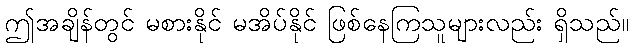
ဤအချိန်တွင် မစားနိုင် မအိပ်နိုင် ဖြစ်နေကြသူများလည်း ရှိသည်။